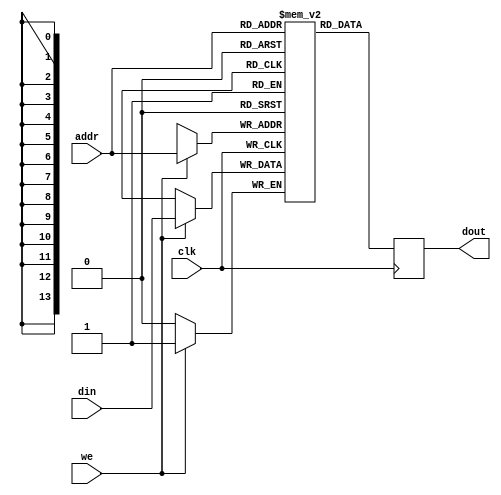
///////////////////////////////////////////////////////////////////////////////
//
// Verilog equivalent to a BRAM, tools will infer the right thing!
// number of locations = 1<<LOGSIZE, width in bits = WIDTH.
// default is a 16K x 1 memory.
//
///////////////////////////////////////////////////////////////////////////////

module mybram #(parameter LOGSIZE=14, WIDTH=1)
              (input wire [LOGSIZE-1:0] addr,
               input wire clk,
               input wire [WIDTH-1:0] din,
               output reg [WIDTH-1:0] dout,
               input wire we);
   // let the tools infer the right number of BRAMs
   (* ram_style = "block" *)
   reg [WIDTH-1:0] mem[(1<<LOGSIZE)-1:0];
   always @(posedge clk) begin
     if (we) mem[addr] <= din;
     dout <= mem[addr];
   end
endmodule